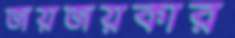
জয়জয়কার